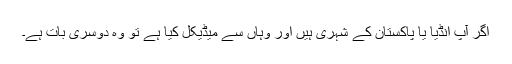
اگر آپ انڈیا یا پاکستان کے شہری ہیں اور وہاں سے میڈیکل کیا ہے تو وہ دوسری بات ہے۔